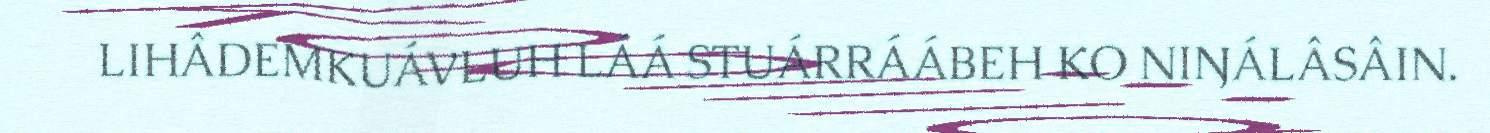
LIHÂDEMKUÁVLUH LÁÁ STUÁRRÁÁBEH KO NIŊÁLÂSÂIN.